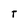
Character: T